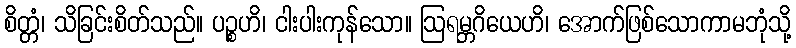
စိတ္တံ၊ သိခြင်းစိတ်သည်။ ပဉ္စဟိ၊ ငါးပါးကုန်သော။ ဩရမ္ဘဂိယေဟိ၊ အောက်ဖြစ်သောကာမဘုံသို့